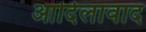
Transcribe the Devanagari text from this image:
आदिलावाद